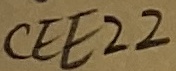
Text: CEE22